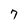
Character: 7